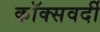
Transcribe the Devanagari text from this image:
कॉक्सवर्दी